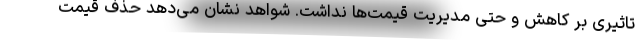
تاثیری بر کاهش و حتی مدیریت قیمت‌ها نداشت. شواهد نشان می‌دهد حذف قیمت